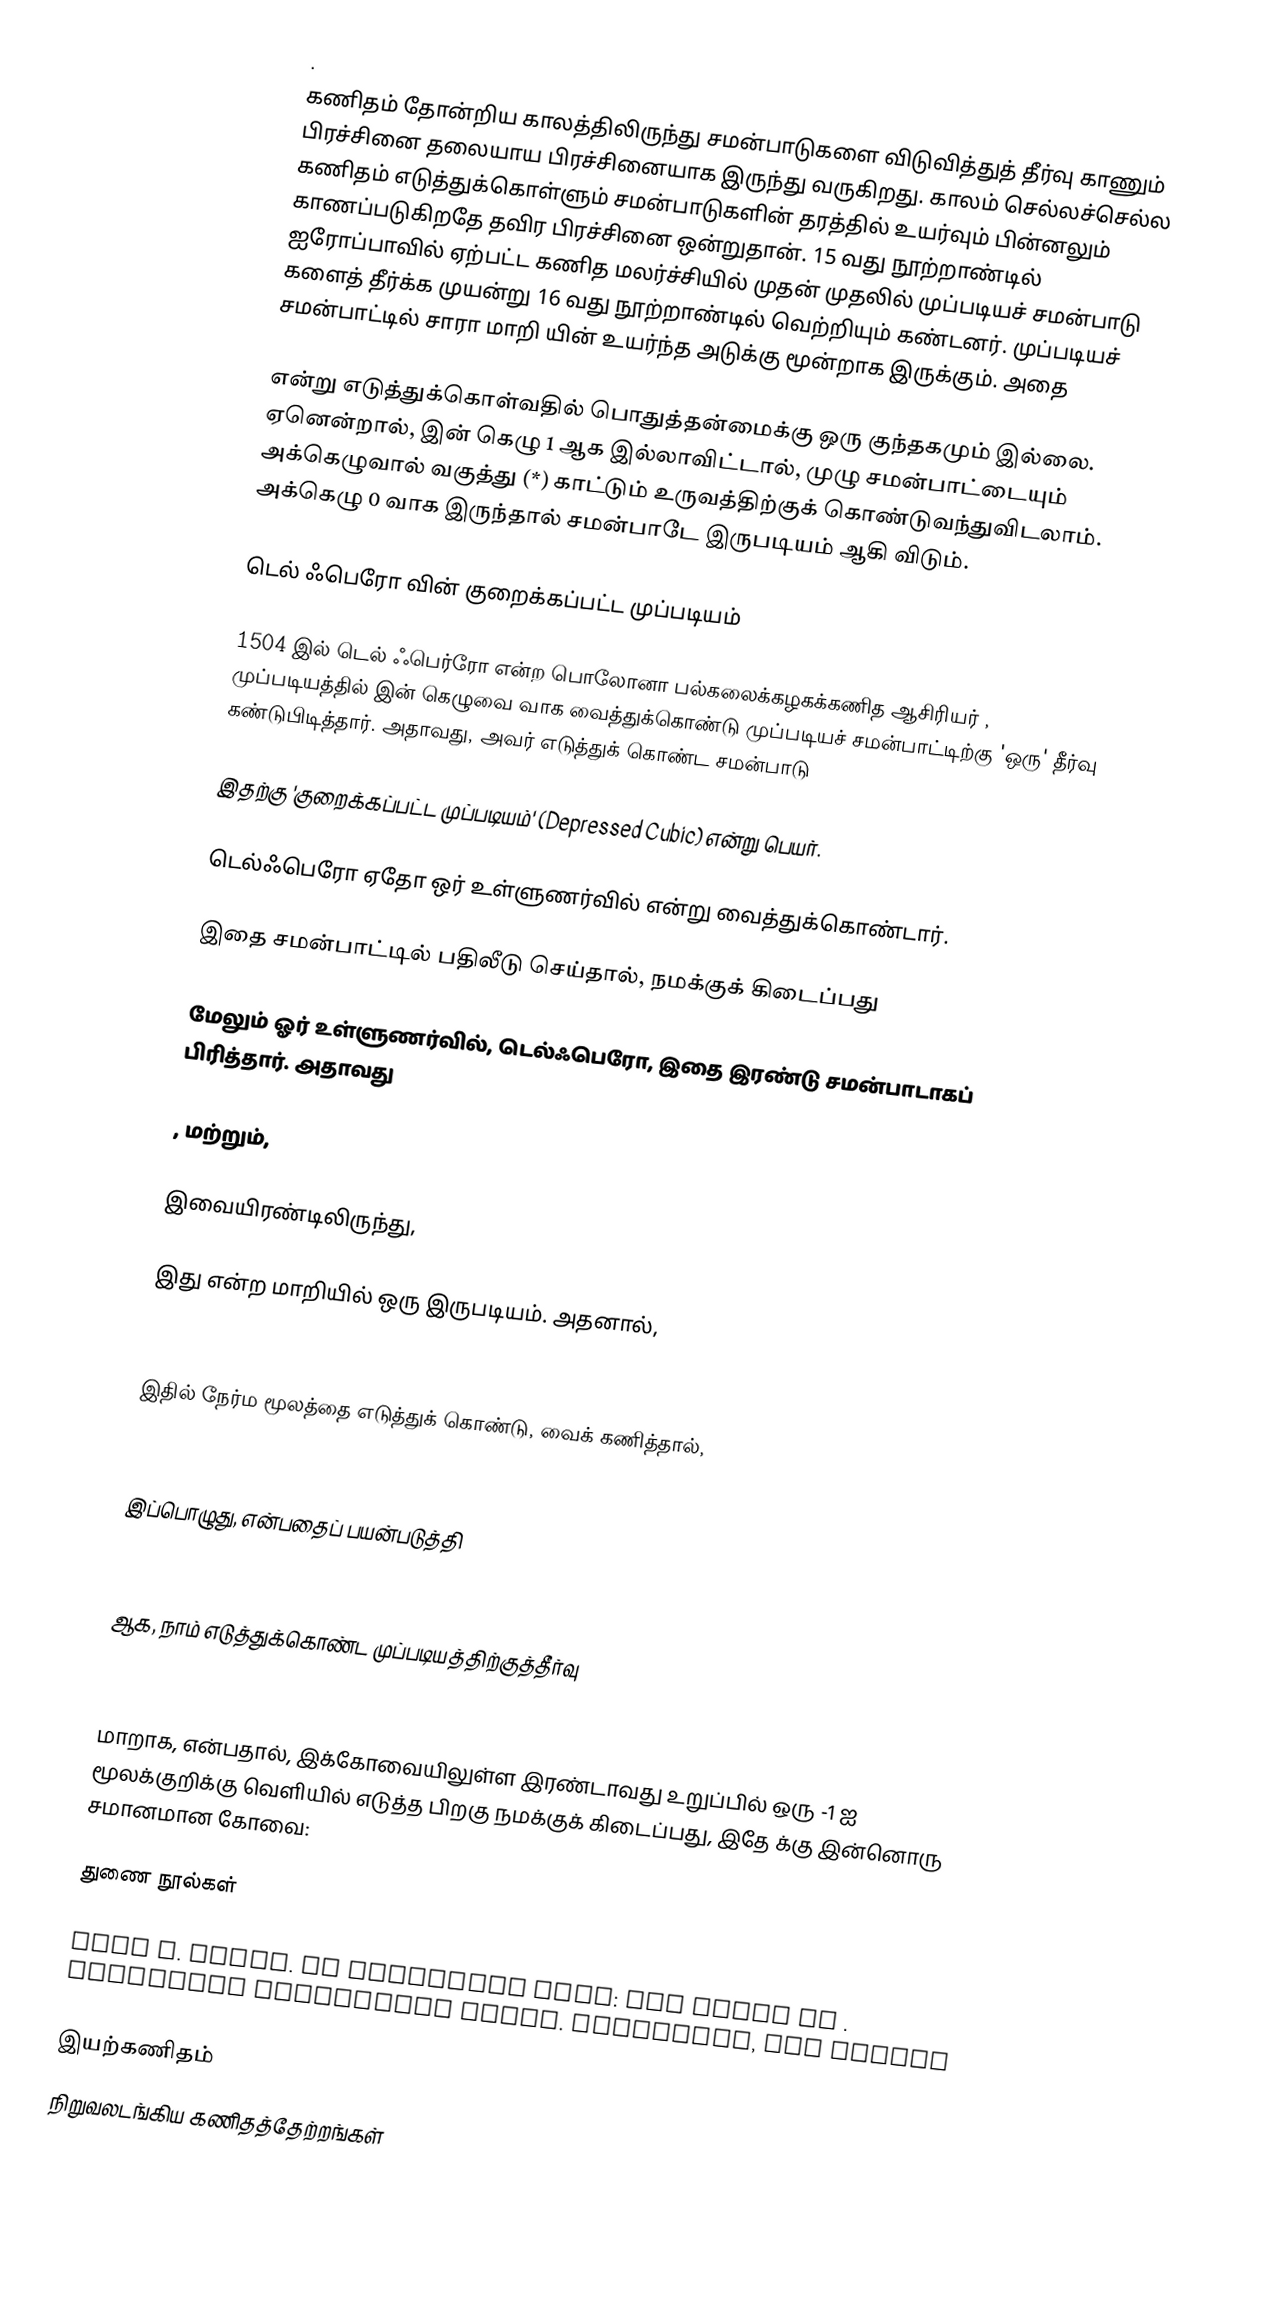
.
கணிதம் தோன்றிய காலத்திலிருந்து  சமன்பாடுகளை விடுவித்துத் தீர்வு காணும் பிரச்சினை தலையாய பிரச்சினையாக இருந்து வருகிறது. காலம் செல்லச்செல்ல  கணிதம் எடுத்துக்கொள்ளும் சமன்பாடுகளின் தரத்தில் உயர்வும் பின்னலும் காணப்படுகிறதே தவிர பிரச்சினை ஒன்றுதான். 15 வது நூற்றாண்டில் ஐரோப்பாவில் ஏற்பட்ட கணித மலர்ச்சியில் முதன் முதலில் முப்படியச் சமன்பாடு களைத் தீர்க்க முயன்று 16 வது நூற்றாண்டில் வெற்றியும் கண்டனர். முப்படியச் சமன்பாட்டில்   சாரா மாறி யின் உயர்ந்த அடுக்கு மூன்றாக இருக்கும். அதை

என்று எடுத்துக்கொள்வதில்  பொதுத்தன்மைக்கு ஒரு குந்தகமும் இல்லை.  ஏனென்றால்,  இன் கெழு  1 ஆக இல்லாவிட்டால், முழு சமன்பாட்டையும் அக்கெழுவால் வகுத்து  (*) காட்டும் உருவத்திற்குக் கொண்டுவந்துவிடலாம்.  அக்கெழு 0 வாக இருந்தால்  சமன்பாடே  இருபடியம் ஆகி விடும்.

டெல் ஃபெரோ வின் குறைக்கப்பட்ட முப்படியம்

1504 இல் டெல் ஃபெர்ரோ என்ற பொலோனா பல்கலைக்கழகக்கணித ஆசிரியர் , முப்படியத்தில்  இன் கெழுவை  வாக வைத்துக்கொண்டு முப்படியச் சமன்பாட்டிற்கு 'ஒரு' தீர்வு கண்டுபிடித்தார். அதாவது, அவர் எடுத்துக் கொண்ட சமன்பாடு

இதற்கு 'குறைக்கப்பட்ட முப்படியம்'  (Depressed Cubic) என்று பெயர்.

டெல்ஃபெரோ ஏதோ ஒர் உள்ளுணர்வில்   என்று வைத்துக்கொண்டார்.

இதை சமன்பாட்டில் பதிலீடு செய்தால், நமக்குக் கிடைப்பது

மேலும் ஓர் உள்ளுணர்வில், டெல்ஃபெரோ, இதை இரண்டு சமன்பாடாகப் பிரித்தார். அதாவது

 , மற்றும்,

இவையிரண்டிலிருந்து,

இது   என்ற மாறியில் ஒரு இருபடியம். அதனால்,

இதில் நேர்ம மூலத்தை எடுத்துக் கொண்டு,  வைக் கணித்தால்,

இப்பொழுது,  என்பதைப் பயன்படுத்தி

ஆக, நாம் எடுத்துக்கொண்ட முப்படியத்திற்குத்தீர்வு

மாறாக,    என்பதால், இக்கோவையிலுள்ள இரண்டாவது உறுப்பில் ஒரு -1 ஐ மூலக்குறிக்கு வெளியில் எடுத்த பிறகு நமக்குக் கிடைப்பது, இதே    க்கு இன்னொரு சமானமான கோவை:

துணை நூல்கள்

 Paul J. Nahin. An Imaginary Tale: The story of . Princeton University Press. Princeton, New Jersey

இயற்கணிதம்
நிறுவலடங்கிய கணிதத்தேற்றங்கள்